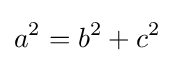
a^{2}=b^{2}+c^{2}